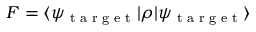
F = \langle \psi _ { \textrm { t a r g e t } } | \rho | \psi _ { \textrm { t a r g e t } } \rangle